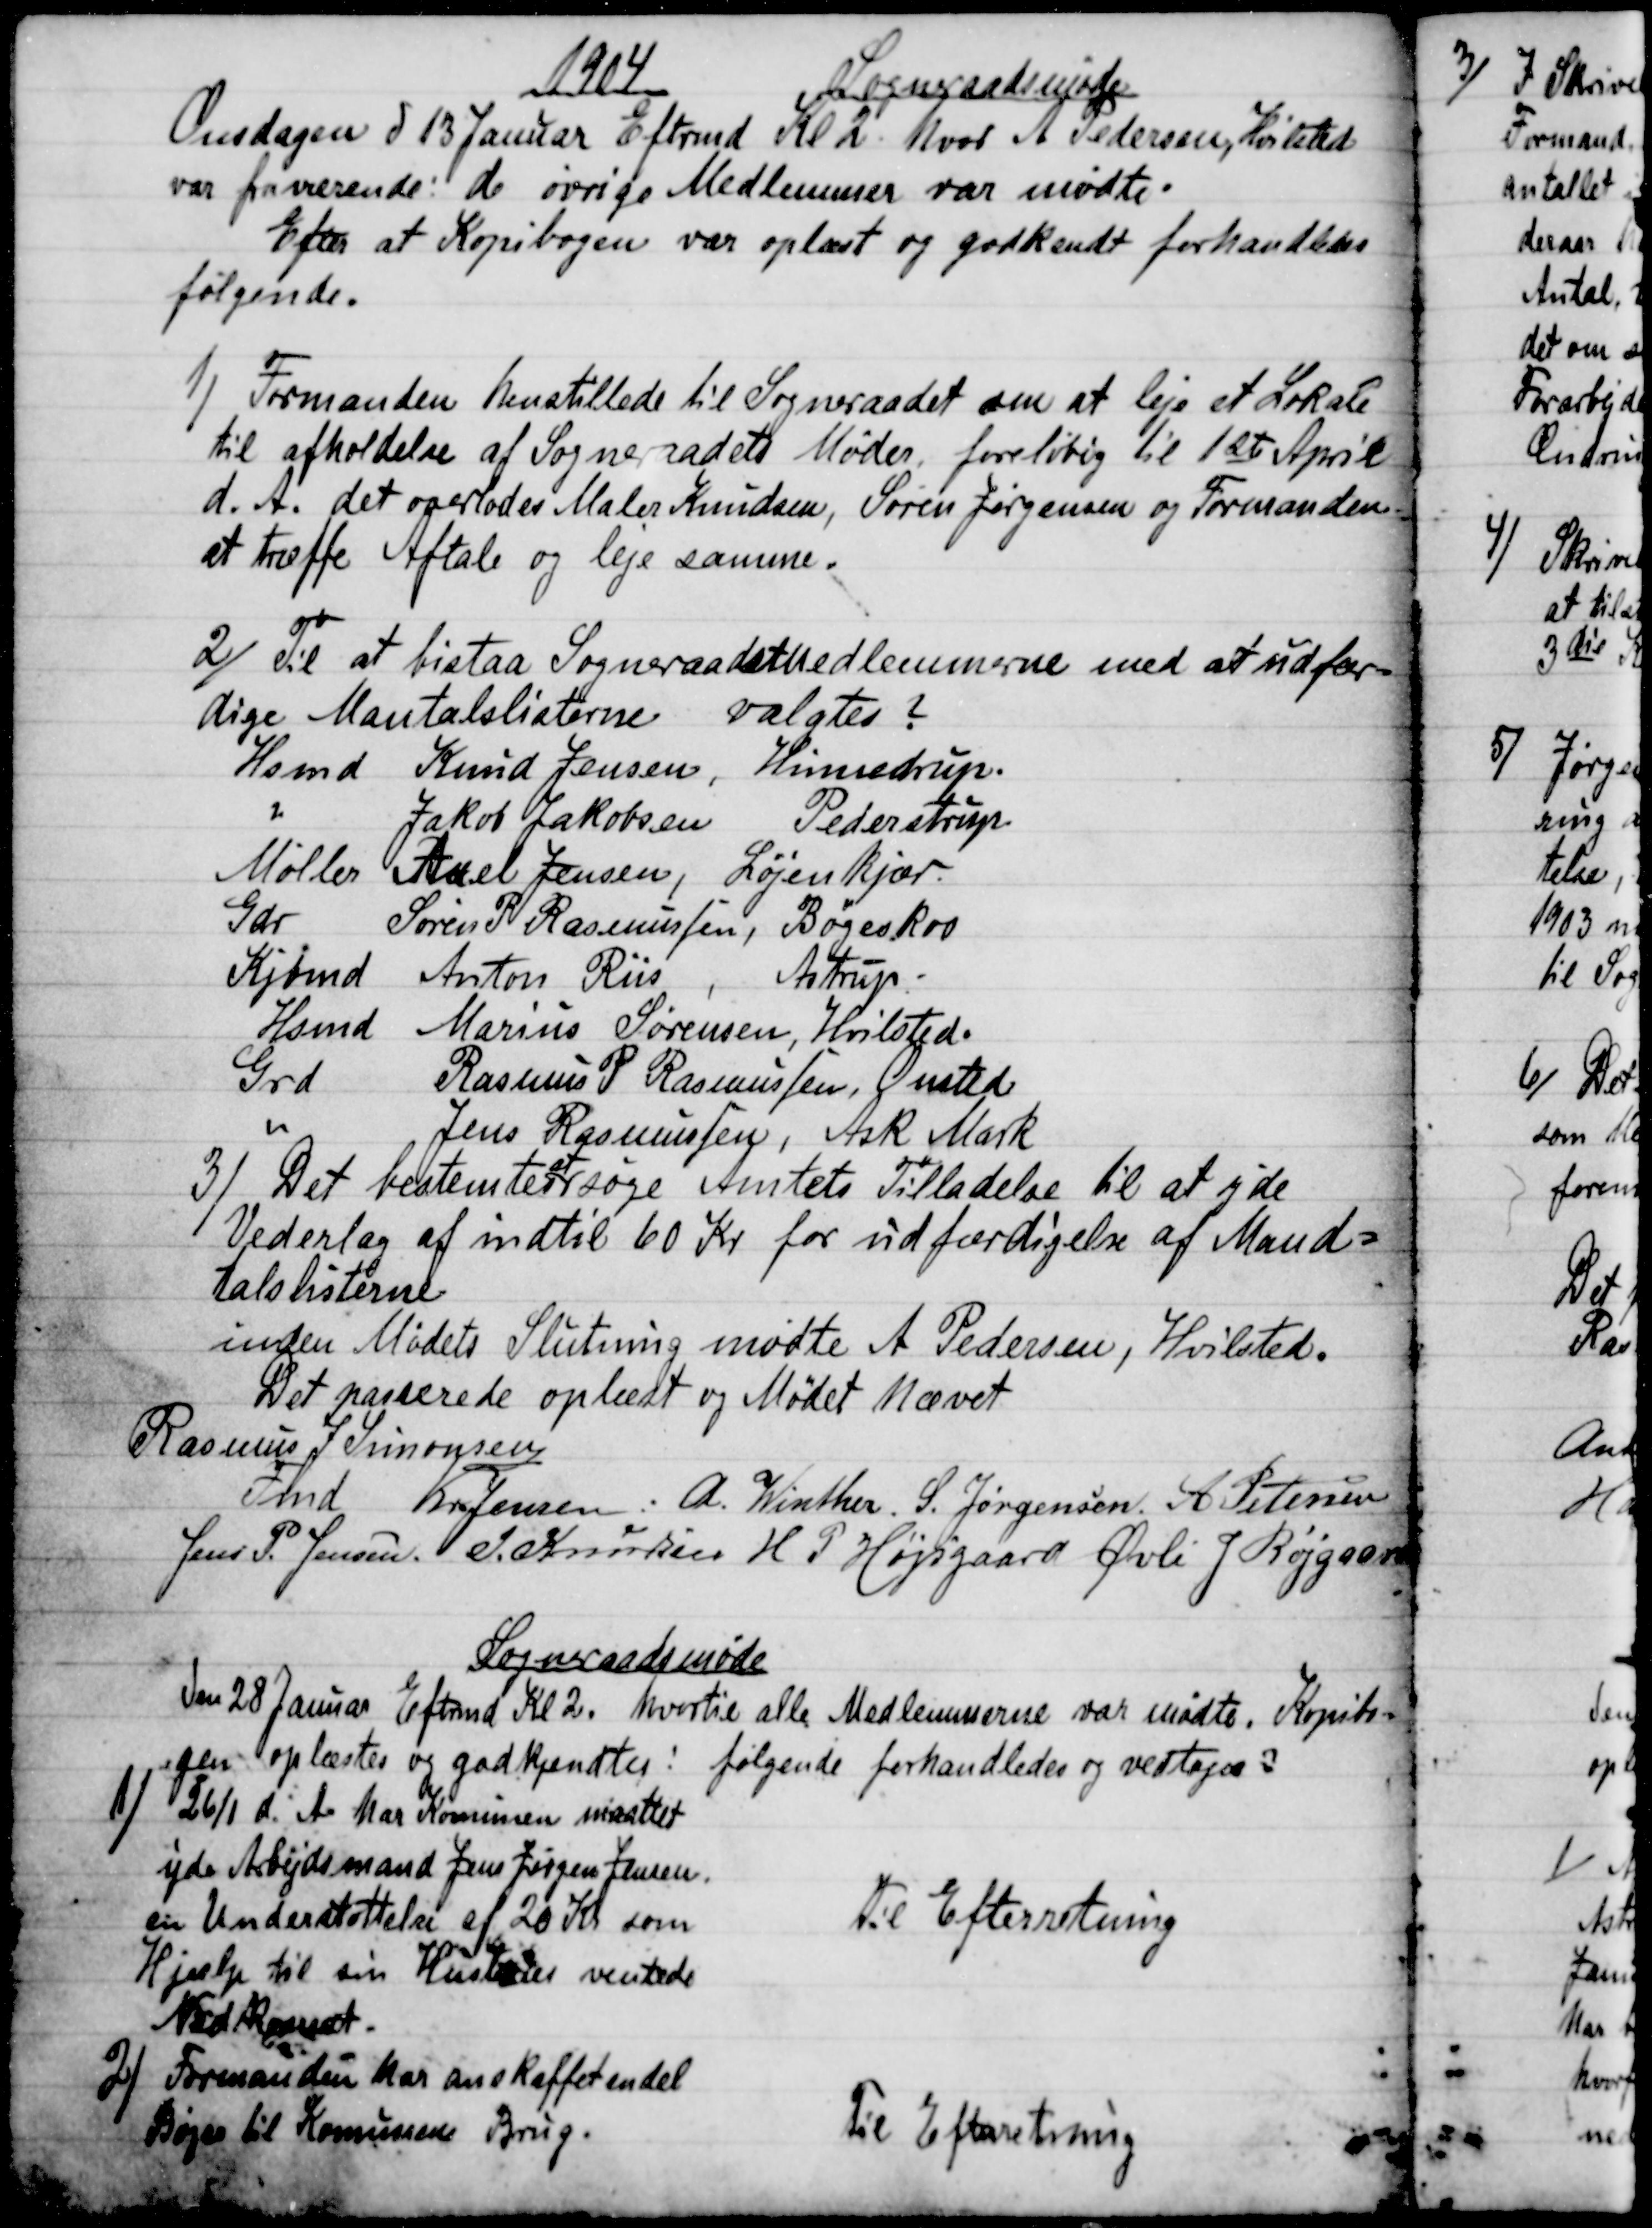
Transskription:
1904
Sogneraadsmøde
Onsdagen d 13 Januar Eftrmd Kl 2, hvor A Pedersen, Hvilsted
var fraværende: de øvrige Medlemmer var mødte.
Efter at Kopibogen var oplæst og godkendt forhandledes
følgende.
1)
Formanden henstillede til Sogneraadet om at leje et Lokale
til afholdelse af Sognerådets Møder, foreløbig til 1ste April
d. A. det overlodes Maler Knudsen, Søren Jørgensen og Formanden
at træffe Aftale og leje samme.
2)
Til at bistaa Sogneraadsmedlemmerne med at udfær-
dige Mantalslisterne valgtes.
Hsmd Knud Jensen, Hinnedrup.
Jakob Jakobsen
Pederstrup
Møller Axel Jensen, Løjenkjær
Gdr Søren P. Rasmussen, Bøgeskov
Kjbmd  Anton Riis
Astrup
Hsmd  Marius Sørensen, Hvilsted.
Grd Rasmus P Rasmussen, Onsted
Jens Rasmussen, Ask Mark
3)
Det bestemtes 
at
søge Amtets Tilladelse til at yde 
Vederlag af indtil 60 Kr for udfærdigelse af Mand=
talslisterne
inden Mødets Slutning mødte A Pedersen, Hvilsted.
Det passerede oplæst og Mødet hævet
Rasmus J Simonsen 
Fmd
Kr. Jensen. A. Winther. S. Jørgensen, A. Petersen
Jens P. Jensen. J. Knudsen H. P. Højsgaard Øvli J Røjgaard
 Sogneraadsmøde
Den 28 Januar Eftmd Kl 2. hvortil alle Medlemmerne var mødte. Kopibo=
gen oplæstes og  godkjendtes:  følgende forhandledes og vedtoges:
1)
26/1 d. A. har Komunen maattet
yde Arbejdsmand Jens Jørgen Jensen.
en understøttelse af 20 kr som
Hjælp til sin Hustrus ventede
Nedkomst.
Til efterretning
2)
Formanden har anskaffet en del
Bøger til Komunens Brug.
Til Efterretning